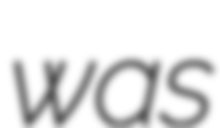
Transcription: was